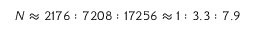
N \approx 2 1 7 6 : 7 2 0 8 : 1 7 2 5 6 \approx 1 : 3 . 3 : 7 . 9